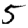
Digit: 5